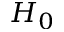
H _ { 0 }